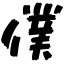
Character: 僕